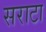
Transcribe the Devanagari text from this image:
सराटा